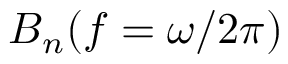
B _ { n } ( f = \omega / 2 \pi )